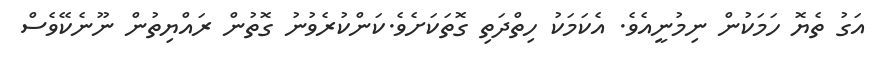
އަގު ތެޔޮ ހަމަކުން ނިމުނީއެވެ. އެކަމަކު ހިތްދަތި ގޮތަކަށެވެ.ކަންކުރެވުނު ގޮތުން ރައްޔިތުން ނޫނެކޭވެސް